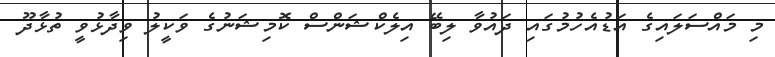
މި މައްސަލައިގެ އަޑުއެހުމުގައި ދައުވާ ލިބޭ އިލެކްޝަންސް ކޮމިޝަނުގެ ވަކީލު ވިދާޅުވީ ތުޅާދޫ